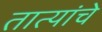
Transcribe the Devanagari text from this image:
तात्यांचे